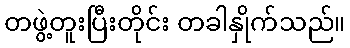
တဖွဲ့တူးပြီးတိုင်း တခါနှိုက်သည်။